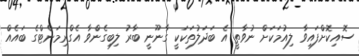
ސޮއިކޮށްފައިވާ ލިއުމަކަށް ނުވާތީ އެ ބަދަލުތަކަކީ ގާނޫނީ ބާރު ލިބިގެންވާ އެގްރިމަންޓްގެ ބައެއް